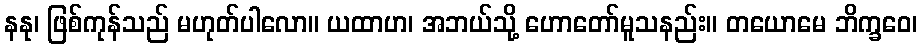
နနု၊ ဖြစ်ကုန်သည် မဟုတ်ပါလော။ ယထာဟ၊ အဘယ်သို့ ဟောတော်မူသနည်း။ တယောမေ ဘိက္ခဝေ၊